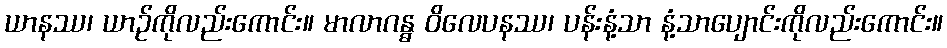
ယာနဿ၊ ယာဉ်ကိုလည်းကောင်း။ မာလာဂန္ဓ ဝိလေပနဿ၊ ပန်းနံ့သာ နံ့သာပျောင်းကိုလည်းကောင်း။